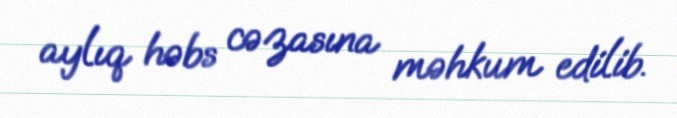
aylıq həbs cəzasına məhkum edilib.